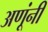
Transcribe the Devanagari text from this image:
अणूंनी